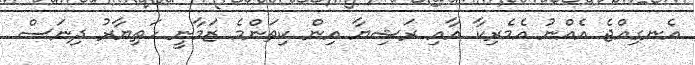
އެނގިއްޖެ އެއްނު އެމެރިކާ އާއި ރަޝިޔާ އިން ކިތަންމެ ޒަމާނީ ހަތިޔާރު ދިނަސް